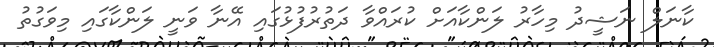
ކާނަލް ނަޝީދު މިހާރު ލަންކާއަށް ކުރައްވާ ދަތުރުފުޅުގައި އޭނާ ވަނީ ލަންކާގައި މިވަގުތު